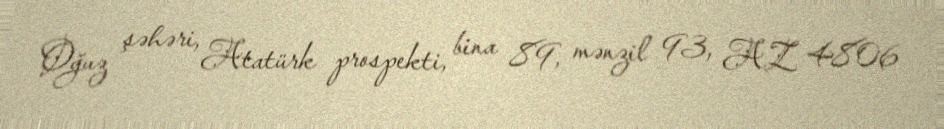
Oğuz şəhəri, Atatürk prospekti, bina 89, mənzil 93, AZ 4806